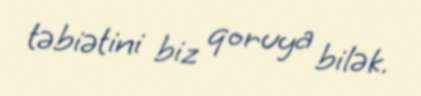
təbiətini biz qoruya bilək.